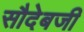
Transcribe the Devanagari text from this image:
सौदेबजी